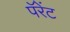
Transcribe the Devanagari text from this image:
पॅरेंट